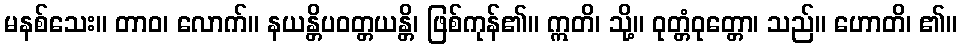
မနစ်သေး။ တာဝ၊ လောက်။ နယန္တိပဝတ္တယန္တိ၊ ဖြစ်ကုန်၏။ ဣတိ၊ သို့။ ဝုတ္တံဝုတ္တော၊ သည်။ ဟောတိ၊ ၏။